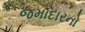
જમાદારનો